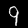
Digit: 9